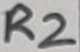
Text: R2